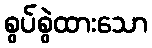
စွပ်စွဲထားသော